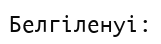
Белгіленуі: